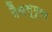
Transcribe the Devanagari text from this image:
मैक्सूमूलर